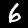
Label: 6